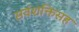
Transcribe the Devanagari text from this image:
सर्वशक्तिसह